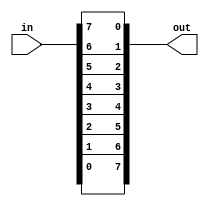
module top_module(
    input [7:0] in,
    output [7:0] out
);

    assign out = {in[0], in[1], in[2], in[3], in[4], in[5], in[6], in[7]};


endmodule



/**

module top_module( 
    input [7:0] in,
    output [7:0] out
);

    integer i;
    always@(*)
        begin
            for(i = 0;i <= 7;i = i+1)
               out[i] = in[7-i];
        end

endmodule


**/